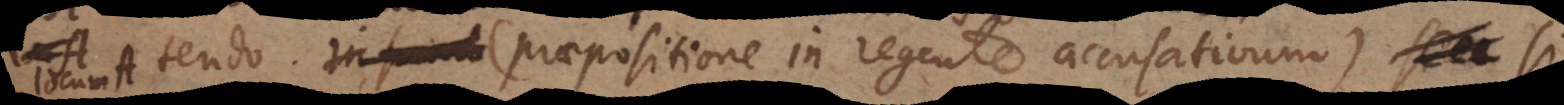
tendo (praepositione in regente accusativum) si